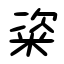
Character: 粢